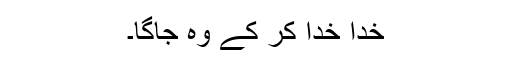
خدا خدا کر کے وہ جاگا۔